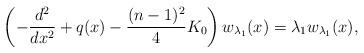
LaTeX: \begin{align*} \left( -\frac{d^2}{dx^2} + q(x) - \frac{(n-1)^2}{4} K_0\right) w _{\lambda_1}(x) =\lambda_1 w_{\lambda_1} (x),\end{align*}